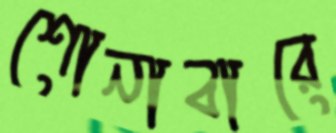
শোনাবারে